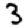
Digit: 3